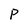
Character: p